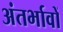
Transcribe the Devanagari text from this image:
अंतर्भावों